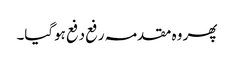
پھر وہ مقدمہ رفع دفع ہوگیا۔